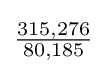
{\tfrac {315,276}{80,185}}